Civil Veterinary Dept. Bombay admin report 1932-41 - 1932-1941
Year: 1932
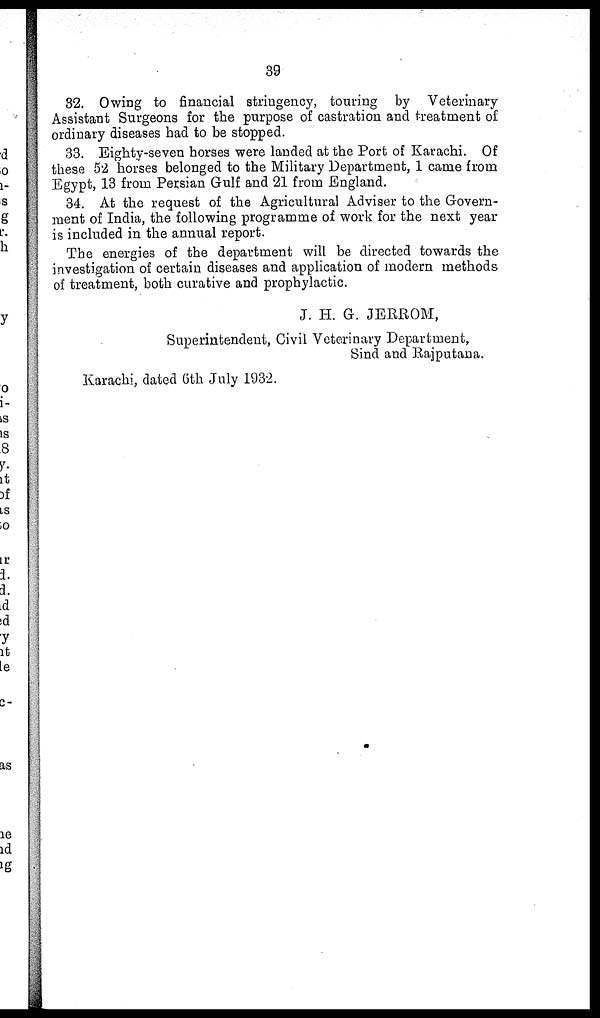
39
32. Owing to financial stringency, touring by Veterinary
Assistant Surgeons for the purpose of castration and treatment of
ordinary diseases had to be stopped.
33. Eighty-seven horses were landed at the Port of Karachi. Of
these 52 horses belonged to the Military Department, 1 came from
Egypt, 13 from Persian Gulf and 21 from England.
34. At the request of the Agricultural Adviser to the Govern-
ment of India, the following programme of work for the next year
is included in the annual report.
The energies of the department will be directed towards the
investigation of certain diseases and application of modern methods
of treatment, both curative and prophylactic.
J. H. G. JERROM,
Superintendent, Civil Veterinary Department,
Sind and Rajputana.
Karachi, dated 6th July 1932.